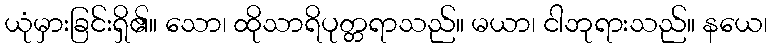
ယုံမှားခြင်းရှိ၏။ သော၊ ထိုသာရိပုတ္တရာသည်။ မယာ၊ ငါဘုရားသည်။ နယေ၊